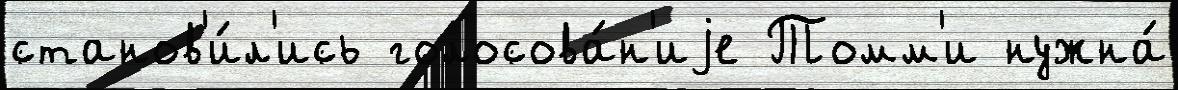
станов'и́л'ись голосова́н'иjе Томм'и нужна́